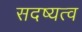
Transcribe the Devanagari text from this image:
सदष्यत्व